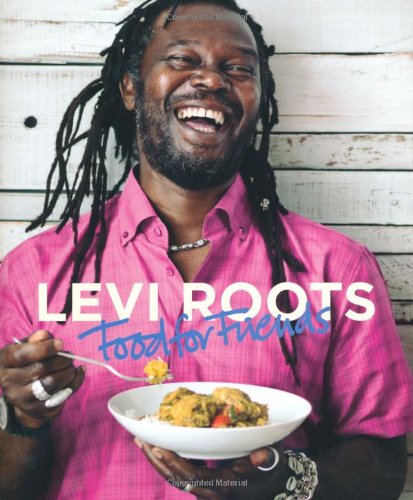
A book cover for Levi Roots Food for Friends; Levi Roots; Cookbooks, Food & Wine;